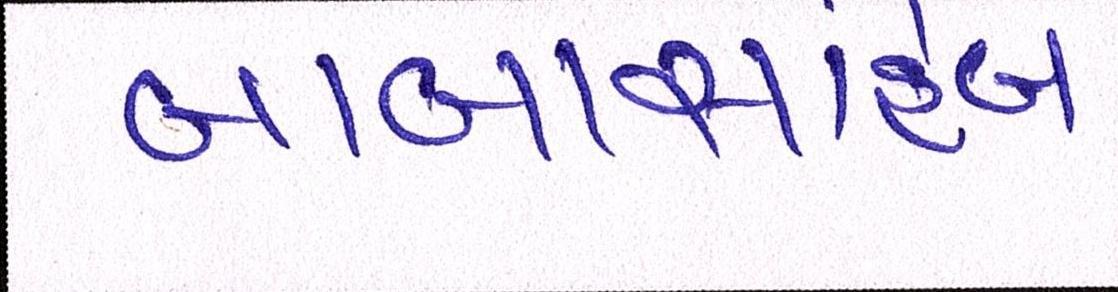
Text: બાબાસાહેબ